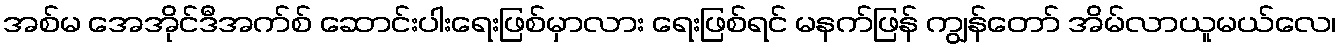
အစ်မ အေအိုင်ဒီအက်စ် ဆောင်းပါးရေးဖြစ်မှာလား ရေးဖြစ်ရင် မနက်ဖြန် ကျွန်တော် အိမ်လာယူမယ်လေ၊